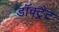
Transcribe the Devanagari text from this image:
डॉक्ट्रैट